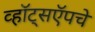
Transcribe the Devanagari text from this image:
व्हॉट्सऍपचे